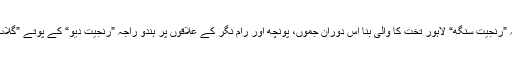
برٹش انڈیا سے قبل پنجاب کے آخری معروف سکھ راجہ ”رنجیت سنگھ“ لاہور تخت کا والی بنا اس دوران جموں، پونچھ اور رام نگر کے علاقوں پر ہندو راجہ ”رنجیت دیو“ کے پوتے ”گلاب سنگھ“ اور اسکے دو جوان بھاٸیوں کی حکمرانی تھی۔